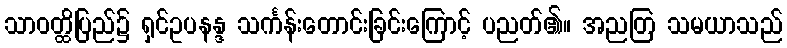
သာဝတ္ထိပြည်၌ ရှင်ဥပနန္ဒ သင်္ကန်းတောင်းခြင်းကြောင့် ပညတ်၏။ အညတြ သမယာသည်